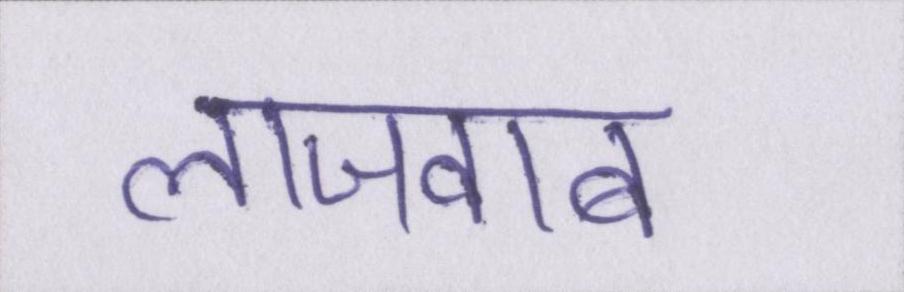
लाजवाब